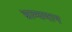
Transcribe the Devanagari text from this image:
भ्राम्यमान